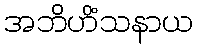
အဘိဟိံသနာယ